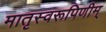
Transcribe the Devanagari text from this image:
मातृस्वरूपिणीम्